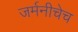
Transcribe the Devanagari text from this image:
जर्मनीचेच